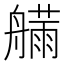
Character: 𱽂